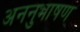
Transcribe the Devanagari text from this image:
अननुभाषण